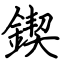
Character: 鍥